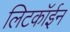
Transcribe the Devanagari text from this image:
लिटकॉईन